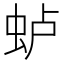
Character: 𫊮